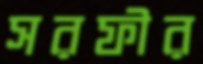
সরফীর